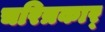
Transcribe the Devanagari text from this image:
चरित्रकार्